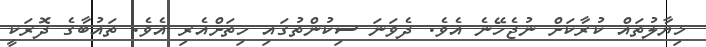
ޚިޔާލުތައް ކުރާކަށް ނުޖެހޭނެ އެވެ. ދެވަނަ ސިކުންތުގައި ހިތަށްއެރި އެވެ. ތައުބާގެ ދޮރަކީ